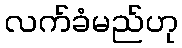
လက်ခံမည်ဟု